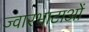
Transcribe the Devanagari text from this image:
ज्वारभाटाओं